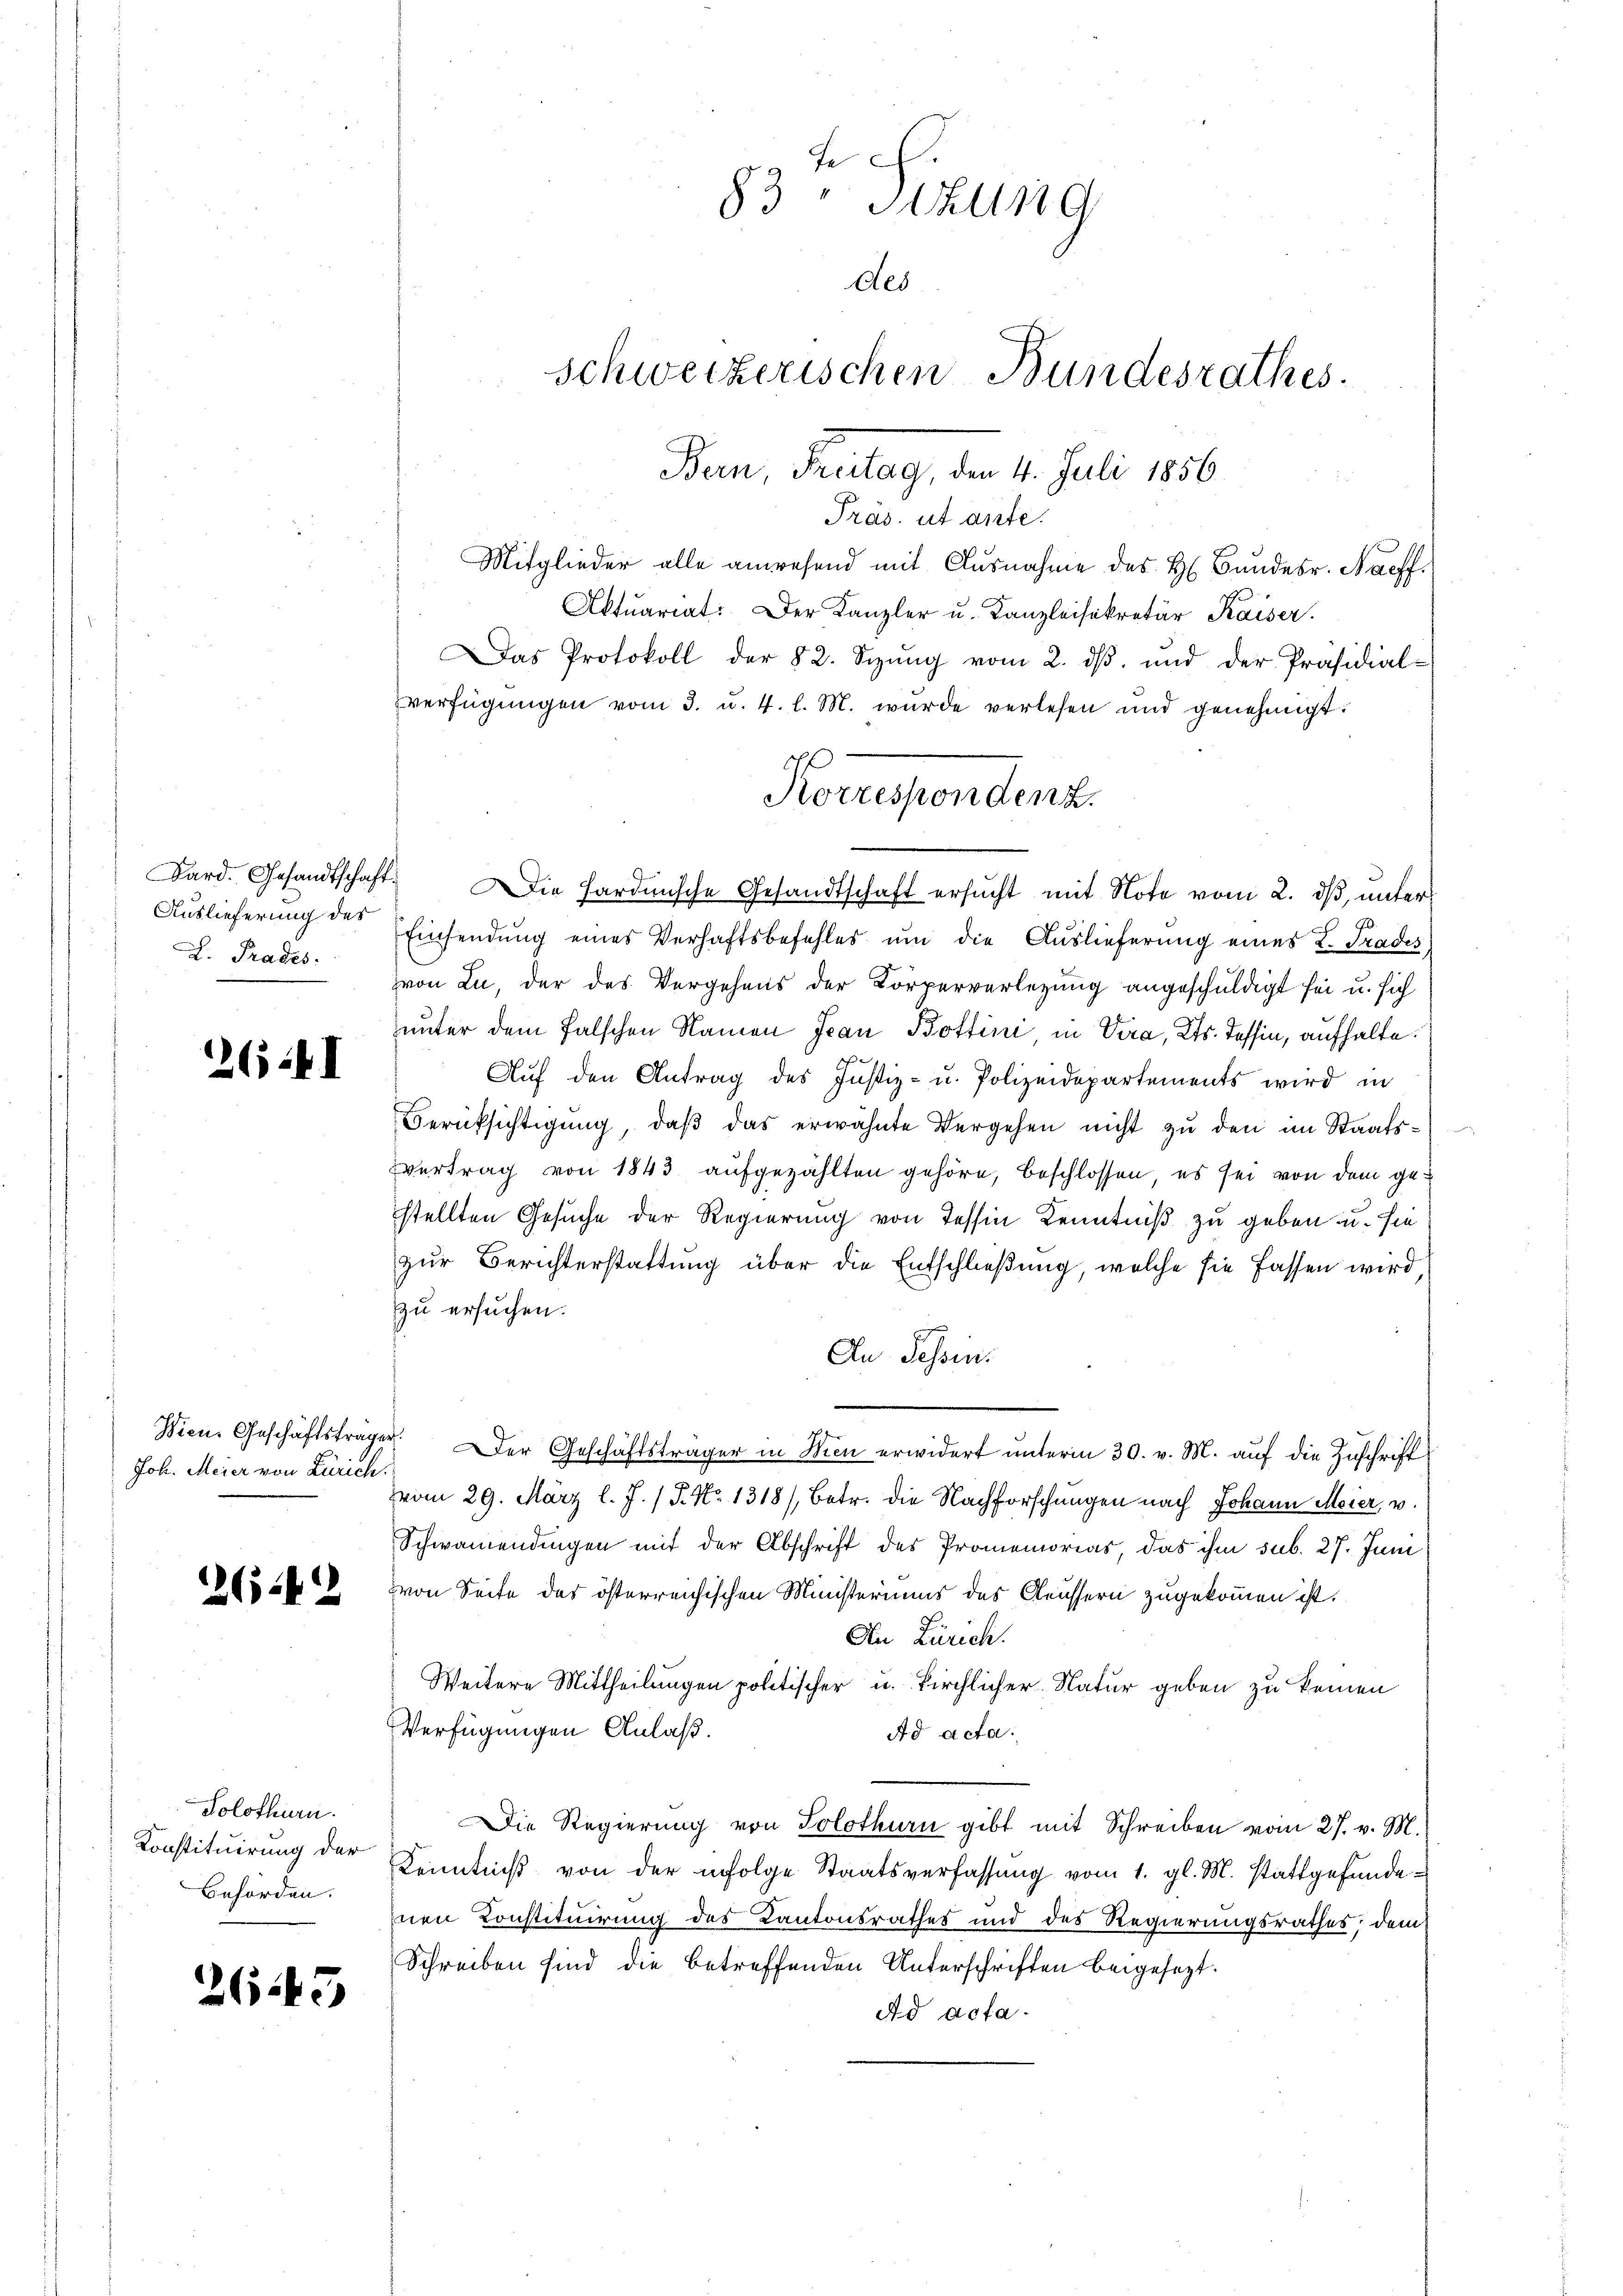
Auslieferung des
D. Prades.

2614 I

Joh. Meier von Zürich.

2642

Solothurn.
Konstituirung der
Behörden.

2643

Bern, Fritag, den 4. Juli 1856
Präs. ut ante.
Mitglieder alle anwesend mit Ausnahme des H. Bundesr. Naeff
Aktuariat: Der Kanzler u. Kanzleisekretär Kaiser.
Das Protokoll der 82. Sizŭng vom 2. dβ. und der Präsidial-
verfügungen vom 3. u. 4. l. M. wurde verlesen und genehmigt.
Bard. Gesandtschaft. Die Hardinische Gesandtschaft ersucht mit Note vom 2. ds, unter
Einsendung eines Verhaftsbefehles um die Auslieferung eines L. Trades,
von Lu, der des Vergehens der Körperverlegung angeschuldigt sei u. sich
unter dem falschen Namen Jean Bottini in Vira, Kts. Tessin, aufhalte.
Auf den Antrag des Justiz- u. Polizeidepartements wird in
Berufsichtigung, daß das erwähnte Vergehen nicht zu den im Staatsvertrag von 1843 aufgezählten gehöre, beschlossen, es sei von dem gestellten Gesuche der Regierung von Tessin Kenntniß zu geben u. sie
zur Berichterstattung über die Entschließung, welche sie fassen wird,
zu ersuchen.
An Tessin.
Wien. Geschäftstragen. Der Geschäftsträger in Wien erwidert unterm 30. v. M. auf die Zuschrift
vom 29. März l. J. (T. No 1318/, Betr. die Nachforschungen nach Johann Meier, v.
Schwamendingen mit der Abschrift des Promemorias, das ihm sub. 27. Juni
von Seite des österreichischen Ministeriums des Aeussern zugekommen ist.
An Zürich.
Weitere Mittheilungen politischer u. Kirchlicher Natur geben zu keinen
Verfügungen Anlaß.
Ad acta.
Die Regierung von Solothurn gibt mit Schreiben vom 27. v. M.
Kenntniß von der infolge Staatsverfassung vom 1. gl. M. stattgefundenen Konstituirung des Kantonsrathes und des Regierungsrathes, dem
Schreiben sind die betreffenden Unterschriften beigesezt.
Ad acta.

83 Sitzung
des
Schweizerischen Bundesrathes.

Korrespendenz.